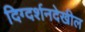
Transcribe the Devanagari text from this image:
दिग्दर्शनदेखील